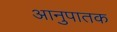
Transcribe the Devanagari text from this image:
आनुपातक